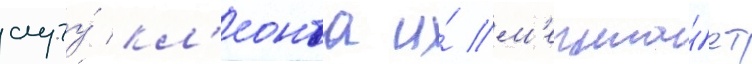
слугу́ кл'еонта и́ м'ечта́ет